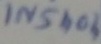
Text: IN5404